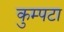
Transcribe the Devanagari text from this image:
कुम्पटा